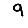
Digit: 9